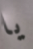
يا